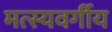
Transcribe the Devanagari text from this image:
मत्स्यवर्गीय